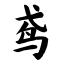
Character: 鸢